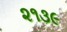
૨૧૩૯